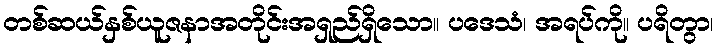
တစ်ဆယ်နှစ်ယူဇနာအတိုင်းအရှည်ရှိသော။ ပဒေသံ၊ အရပ်ကို။ ပရိတွာ၊